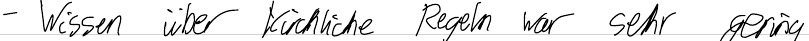
- Wissen über kirchliche Regeln war sehr gering